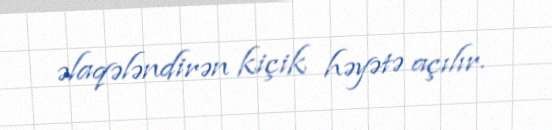
əlaqələndirən kiçik həyətə açılır.